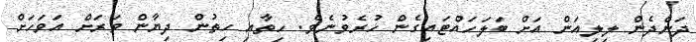
ދަންދެން ލިލިއަން އަށް ބަލަހައްޓައިގެން ހުރެވުނެވެ. ހިތާއި ހިތުން ދިޔާން ވަރަށް އަވަހަށް